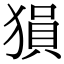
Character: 𤠔